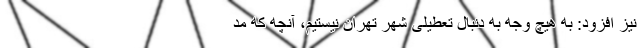
نیز افزود: به هیچ وجه به دنبال تعطیلی شهر تهران نیستیم، آنچه که مد